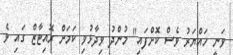
ވަނީ ހައްޔަރު ވެސް ކޮށްފައި" މުންދު ވިދާޅުވި ކަމަށް ރޮއިޓާޒް ގައި ވެ